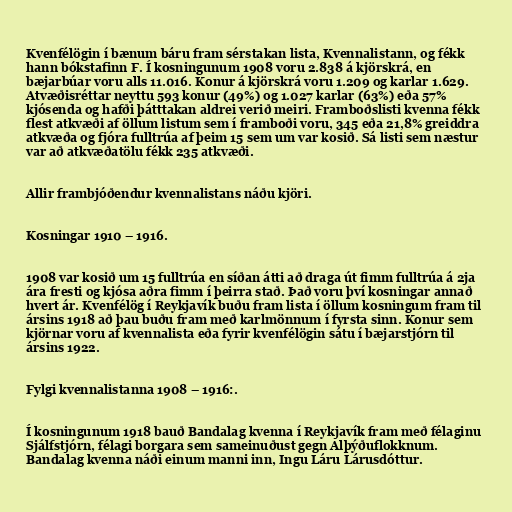
Kvenfélögin í bænum báru fram sérstakan lista, Kvennalistann, og fékk
hann bókstafinn F. Í kosningunum 1908 voru 2.838 á kjörskrá, en
bæjarbúar voru alls 11.016. Konur á kjörskrá voru 1.209 og karlar 1.629.
Atvæðisréttar neyttu 593 konur (49%) og 1.027 karlar (63%) eða 57%
kjósenda og hafði þátttakan aldrei verið meiri. Framboðslisti kvenna fékk
flest atkvæði af öllum listum sem í framboði voru, 345 eða 21,8% greiddra
atkvæða og fjóra fulltrúa af þeim 15 sem um var kosið. Sá listi sem næstur
var að atkvæðatölu fékk 235 atkvæði.

Allir frambjóðendur kvennalistans náðu kjöri.

Kosningar 1910 – 1916.

1908 var kosið um 15 fulltrúa en síðan átti að draga út fimm fulltrúa á 2ja
ára fresti og kjósa aðra fimm í þeirra stað. Það voru því kosningar annað
hvert ár. Kvenfélög í Reykjavík buðu fram lista í öllum kosningum fram til
ársins 1918 að þau buðu fram með karlmönnum í fyrsta sinn. Konur sem
kjörnar voru af kvennalista eða fyrir kvenfélögin sátu í bæjarstjórn til
ársins 1922.

Fylgi kvennalistanna 1908 – 1916:.

Í kosningunum 1918 bauð Bandalag kvenna í Reykjavík fram með félaginu
Sjálfstjórn, félagi borgara sem sameinuðust gegn Alþýðuflokknum.
Bandalag kvenna náði einum manni inn, Ingu Láru Lárusdóttur.